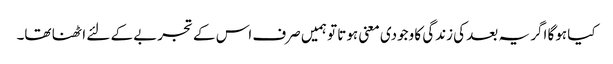
کیا ہوگا اگر یہ بعد کی زندگی کا وجودی معنی ہوتا تو ہمیں صرف اس کے تجربے کے لئے اٹھنا تھا۔